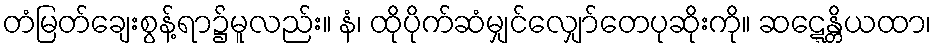
တံမြတ်ချေးစွန့်ရာ၌မူလည်း။ နံ၊ ထိုပိုက်ဆံမျှင်လျှော်တေပုဆိုးကို။ ဆဋ္ဋေန္တိယထာ၊